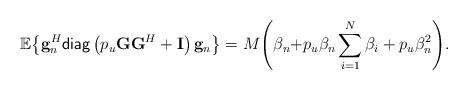
LaTeX: \begin{align*}{\mathbb E}{\left\{ {{\bf{g}}_n^H{\sf diag}\left( {{p_u}{\bf{G}}{{\bf{G}}^H}+{\bf{I}}} \right){{\bf{g}}_n}} \right\}} = M{\left( {{\beta _n}{\rm{ + }}{p_u}{\beta _n}\sum\limits_{i = 1}^N {{\beta _i}} + {p_u}\beta _n^2} \right)}.\end{align*}